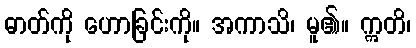
ဓာတ်ကို ဟောခြင်းကို။ အကာသိ၊ မူ၏။ ဣတိ၊